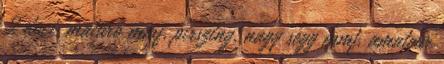
2 duci, maturo mmf, pirszing, nagy segg mmf, amateur